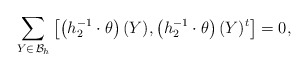
\begin{align*} \sum_{Y \in \, \mathcal{B}_h} \left[\left(h_2^{-1} \cdot \theta\right)(Y), \left(h_2^{-1} \cdot \theta\right)(Y)^t \right] = 0,\end{align*}